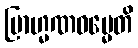
ဗြာဟ္မဏဓမ္မေတိ